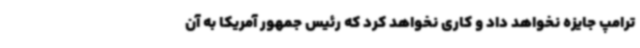
ترامپ جایزه نخواهد داد و کاری نخواهد کرد که رئیس جمهور آمریکا به آن